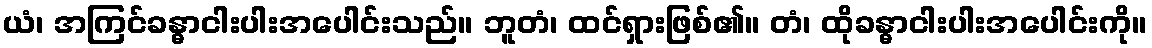
ယံ၊ အကြင်ခန္ဓာငါးပါးအပေါင်းသည်။ ဘူတံ၊ ထင်ရှားဖြစ်၏။ တံ၊ ထိုခန္ဓာငါးပါးအပေါင်းကို။